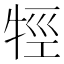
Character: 牼